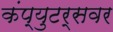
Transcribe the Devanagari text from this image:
कंप्युटर्सवर